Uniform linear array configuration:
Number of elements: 8
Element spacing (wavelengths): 0.5
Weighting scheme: blackman
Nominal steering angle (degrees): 0
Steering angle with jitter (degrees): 0.292
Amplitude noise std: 0.05
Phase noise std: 0.05

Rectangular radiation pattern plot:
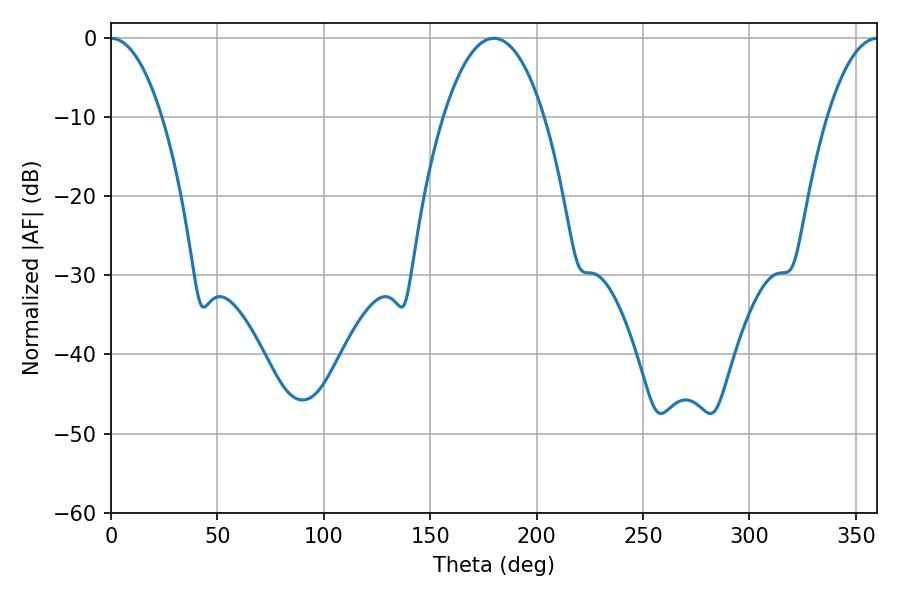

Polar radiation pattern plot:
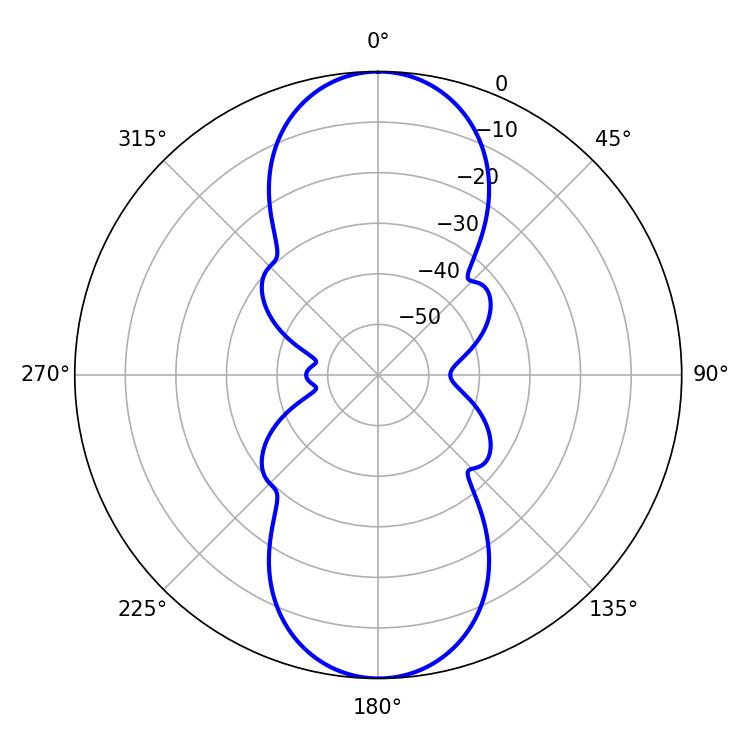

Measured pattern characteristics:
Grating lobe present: FALSE
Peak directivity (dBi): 29.133
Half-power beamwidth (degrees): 13.32
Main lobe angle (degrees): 0.18